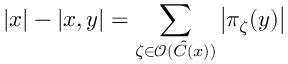
\left| x \right| - \left| x , y \right| = \sum _ { \zeta \in \mathcal { O } ( \hat { C } ( x ) ) } \left| \pi _ { \zeta } ( y ) \right|